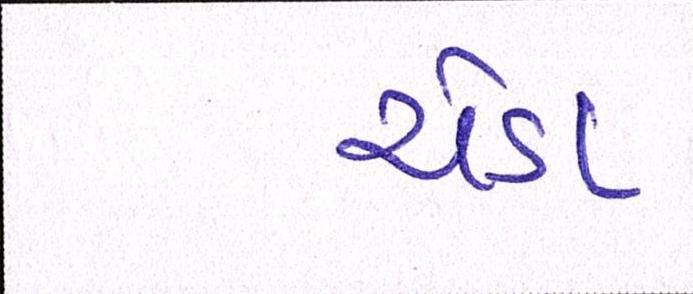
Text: ચેડા